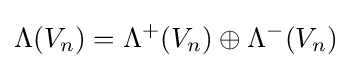
\Lambda (V_{n})=\Lambda ^{+}(V_{n})\oplus \Lambda ^{-}(V_{n})